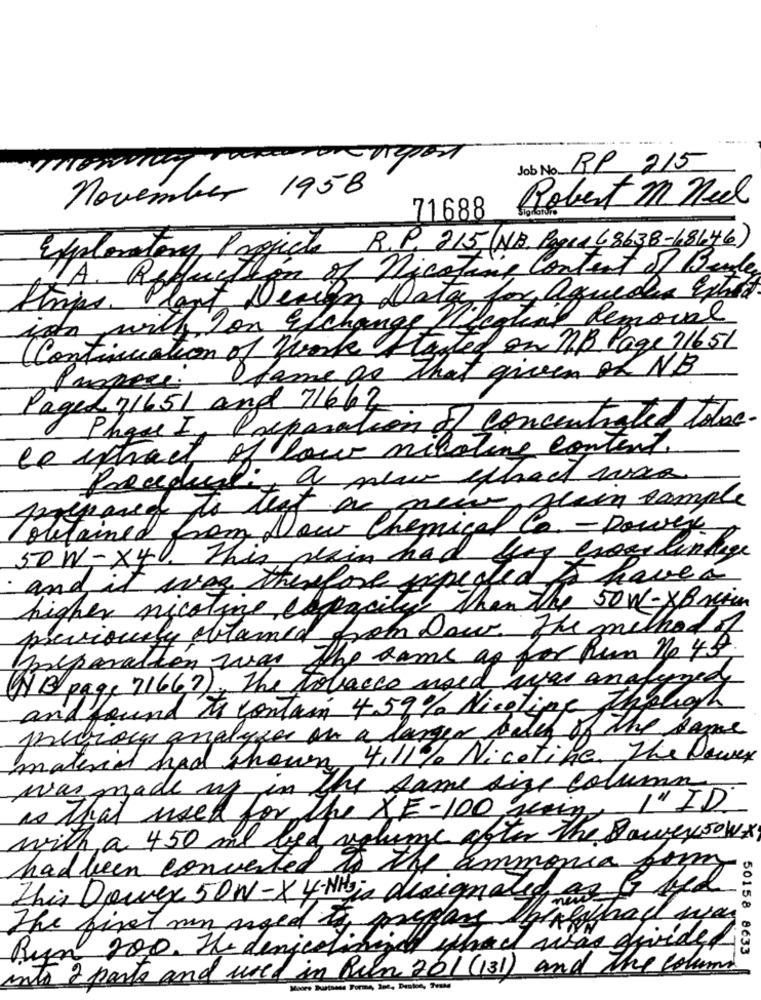
Job No RP 215
november 1958
Robert M Neel
71688
Exploratory Projects R.P. 215(NB. Pages (8638-48646)
A. Reflection of Nicotine Content of Beide
Plant Design Data for aquedes Ephed
ion with Ion E change Necatial Removal
(Continuation of Book Started on NB. Page 11651
fame as that given of NB
Paged 71651 and 71667
Phase I, Preparation of concentrated totec.
ce extract of low nilatine content.
Parcedualis a new ethad rosa
prepared to test a new
Jeein sample
(obtained from Dow Chemical Co. - Power
nous lentage
· and it was therefore expected
50 W-X4. this pain had havea.
higher nicotine expositie than the 50W-XBrain
previously olamed from Now. The method of
preparation was the same as for hun no 45.
(HB page 71667), The tobacco used was analyzed
and found to contain 459% Nicetipp though
precious analyze in a larger bates of the same
material had shown 4.11% Nicotine. The Power
was made up in the same size column
1"ID
as that used for the XE-100 serin
with a 450 ml bed volume after The Powersowx
had been converted to the ammonia form
This Dowex 50W -X 4-NH ia designated a
The first on aged to prepare
Byn 200. The denjedlining what was divide
50158 8633
into & parts and used in Run 201 (131) and The column
Moore Tartness Forme, 3m2, Denken, TvaMe